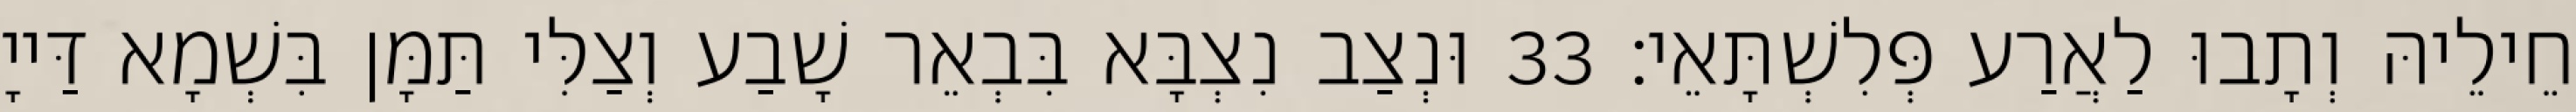
חֵילֵיהּ וְתָבוּ לַאֲרַע פְּלִשְׁתָּאֵי׃ 33 וּנְצַב נִצְבָּא בִּבְאֵר שָׁבַע וְצַלִּי תַּמָּן בִּשְׁמָא דַּייָ